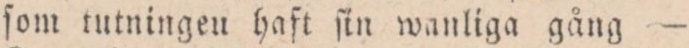
ſom tutningen haft ſin wanliga gång —